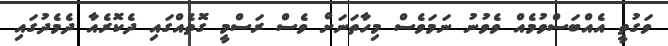
ވަގުތީ އެއްބަސްވުމެއް ވެވުނު ނަމަވެސް މިހާތަނަށް ވެސް ރަސްމީ ގޮތެއްގައި ދެކޮރެއާ ދެމެދުގައި